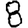
Digit: 8